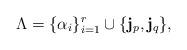
LaTeX: \begin{align*}\Lambda = \{\alpha_i\}_{i=1}^{r}\cup\{{\bf j}_p,{\bf j}_q\},\end{align*}